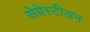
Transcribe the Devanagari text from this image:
सेबेस्टीअन